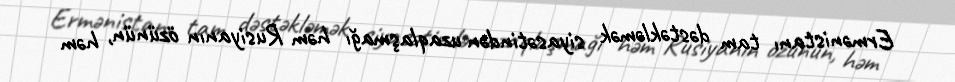
Ermənistanı tam dəstəkləmək siyasətindən uzaqlaşmağı həm Rusiyanın özünün, həm